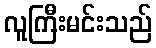
လူကြီးမင်းသည်